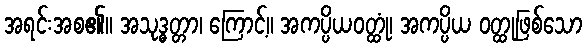
အရင်းအစ၏။ အသုဒ္ဓတ္တာ၊ ကြောင့်။ အကပ္ပိယဝတ္ထုံ၊ အကပ္ပိယ ဝတ္ထုဖြစ်သော